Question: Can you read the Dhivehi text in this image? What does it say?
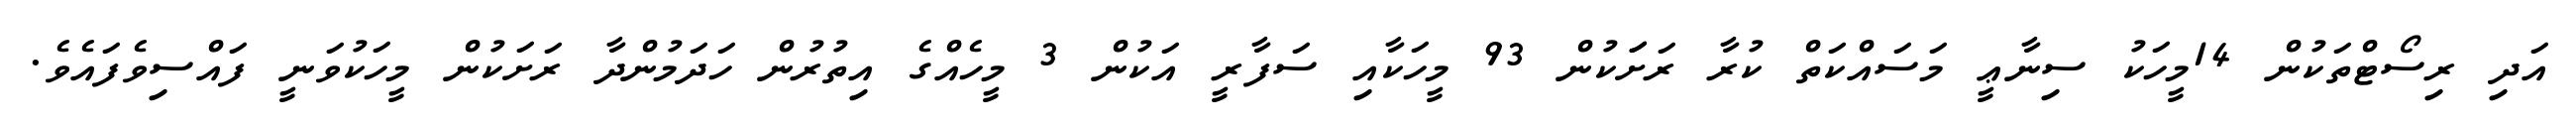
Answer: އަދި ރިސޯޓްތަކުން 14މީހަކު ސިނާޢީ މަސައްކަތް ކުރާ ރަށަަކުން 93 މީހަކާއި ސަފާރީ އަކުން 3 މީހެއްގެ އިތުރުން ހަދަމުންދާ ރަށަކުން މީހަކުވަނީ ފައްސިވެފައެވެ.